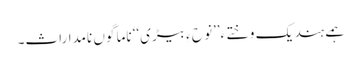
ہمے ہند یک وختے ءَ’’نو ح ءِ بیڑی‘‘ ناما گوں نامداراث۔